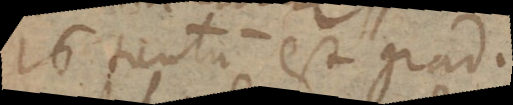
16 tantum est grad.